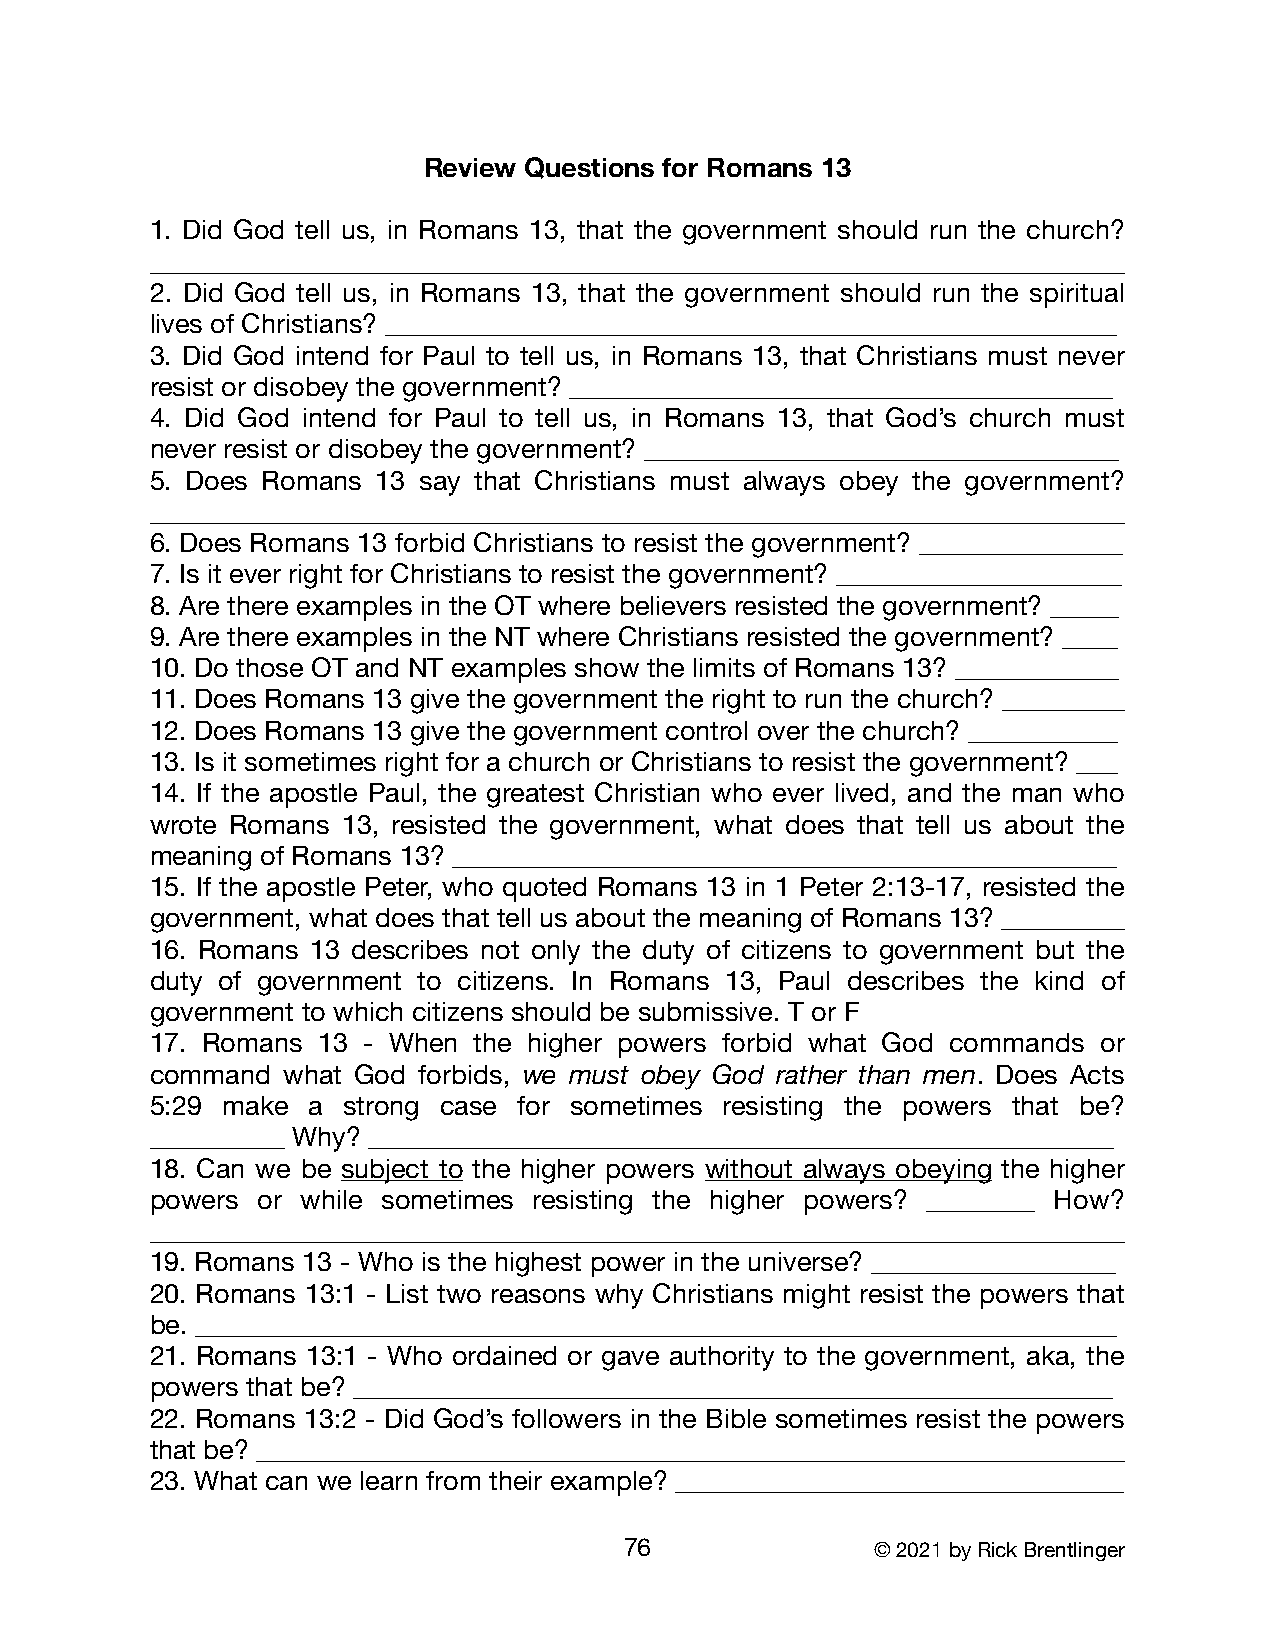
Review Questions for Romans 13
 1. Did God tell us, in Romans 13, that the government should run the church?
 ________________________________________________________________________
 2. Did God tell us, in Romans 13, that the government should run the spiritual
 lives of Christians? ______________________________________________________
 3. Did God intend for Paul to tell us, in Romans 13, that Christians must never
 resist or disobey the government? ________________________________________
 4. Did God intend for Paul to tell us, in Romans 13, that God’s church must
 never resist or disobey the government? ___________________________________
 5. Does Romans 13 say that Christians must always obey the government?
 ________________________________________________________________________
 6. Does Romans 13 forbid Christians to resist the government? _______________
 7. Is it ever right for Christians to resist the government? _____________________
 8. Are there examples in the OT where believers resisted the government? _____
 9. Are there examples in the NT where Christians resisted the government? ____
 10. Do those OT and NT examples show the limits of Romans 13? ____________
 11. Does Romans 13 give the government the right to run the church? _________
 12. Does Romans 13 give the government control over the church? ___________
 13. Is it sometimes right for a church or Christians to resist the government? ___
 14. If the apostle Paul, the greatest Christian who ever lived, and the man who
 wrote Romans 13, resisted the government, what does that tell us about the
 meaning of Romans 13? _________________________________________________
 15. If the apostle Peter, who quoted Romans 13 in 1 Peter 2:13-17, resisted the
 government, what does that tell us about the meaning of Romans 13? _________
 16. Romans 13 describes not only the duty of citizens to government but the
 duty of government to citizens. In Romans 13, Paul describes the kind of
 government to which citizens should be submissive. T or F
 17. Romans 13 - When the higher powers forbid what God commands or
 command  what God forbids, we must obey God rather than men. Does Acts
 5:29 make a  strong case for sometimes resisting the powers that be?
 __________ Why? _______________________________________________________
 18. Can we be subject to the higher powers without always obeying the higher
 powers or while sometimes resisting the higher powers? ________ How?
 ________________________________________________________________________
 19. Romans 13 - Who is the highest power in the universe? __________________
 20. Romans 13:1 - List two reasons why Christians might resist the powers that
 be. ____________________________________________________________________
 21. Romans 13:1 - Who ordained or gave authority to the government, aka, the
 powers that be? ________________________________________________________
 22. Romans 13:2 - Did God’s followers in the Bible sometimes resist the powers
 that be? ________________________________________________________________
 23. What can we learn from their example? _________________________________
 76               © 2021 by Rick Brentlinger